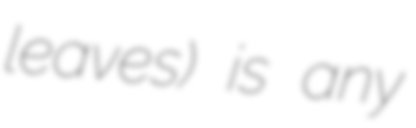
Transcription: leaves) is any